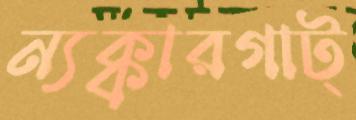
ন্যক্কারগাট্